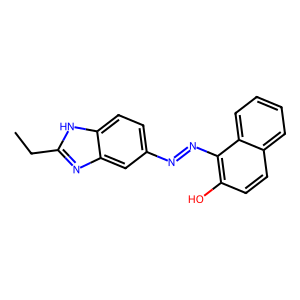
SMILES: CCc1nc2cc(N=Nc3c(O)ccc4ccccc34)ccc2[nH]1
Inhibits HIV replication: No